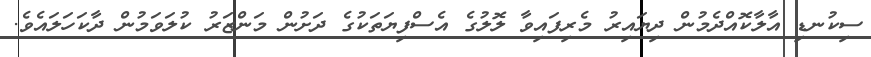
ސިކުނޑި އާލާކޮއްދެމުން ދިޔައިރު މެރިފައިވާ ލޮލުގެ އެސްފިޔަތަކުގެ ދަށުން މަންޒަރު ކުލަވަމުން ދާކަހަލައެވެ.